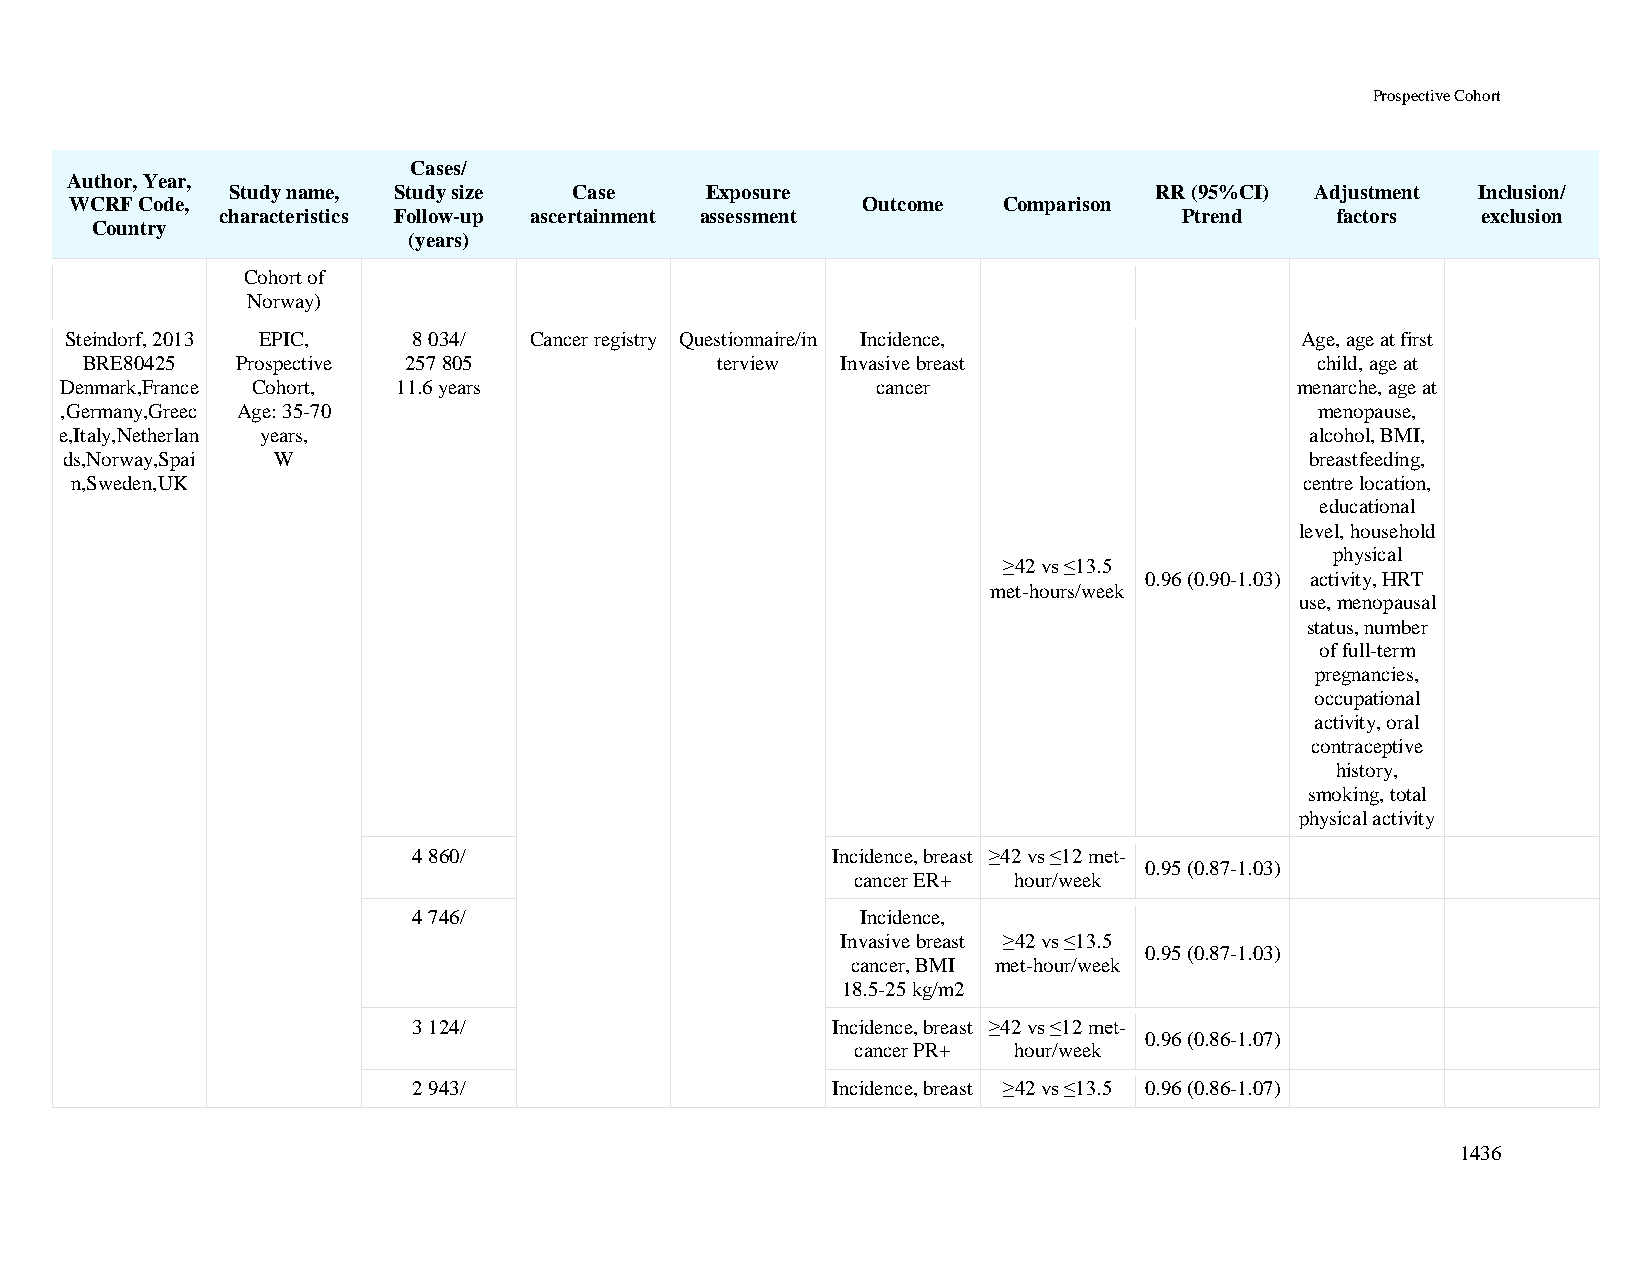
Prospective Cohort
 Cases/
 Author, Year,
 Study name, Study size Case     Exposure                     RR (95%CI) Adjustment Inclusion/
 WCRF Code,                                          Outcome  Comparison
 characteristics Follow-up ascertainment assessment             Ptrend    factors   exclusion
 Country
 (years)
 Cohort of
 Norway)
 Steindorf, 2013 EPIC,  8 034/  Cancer registry Questionnaire/in Incidence,        Age, age at first
 BRE80425   Prospective 257 805            terview  Invasive breast                child, age at
 Denmark,France Cohort, 11.6 years                     cancer                      menarche, age at
 ,Germany,Greec Age: 35-70                                                          menopause,
 e,Italy,Netherlan years,                                                           alcohol, BMI,
 ds,Norway,Spai W                                                                   breastfeeding,
 n,Sweden,UK                                                                      centre location,
 educational
 level, household
 physical
 ≥42 vs ≤13.5
 0.96 (0.90-1.03) activity, HRT
 met-hours/week
 use, menopausal
 status, number
 of full-term
 pregnancies,
 occupational
 activity, oral
 contraceptive
 history,
 smoking, total
 physical activity
 4 860/                      Incidence, breast ≥42 vs ≤12 met-
 0.95 (0.87-1.03)
 cancer ER+ hour/week
 4 746/                        Incidence,
 Invasive breast ≥42 vs ≤13.5
 0.95 (0.87-1.03)
 cancer, BMI met-hour/week
 18.5-25 kg/m2
 3 124/                      Incidence, breast ≥42 vs ≤12 met-
 0.96 (0.86-1.07)
 cancer PR+ hour/week
 2 943/                      Incidence, breast ≥42 vs ≤13.5 0.96 (0.86-1.07)
 1436